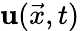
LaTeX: \mathbf{u}(\vec{{x}},t)